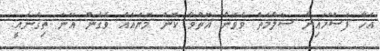
އެހާ ފަސޭހައިން ސަލާމަތް ވެވެން އޮތްވާ ކޮން މޮޔައެއް ވެގެން އޭނަ ތިގެނައީ.